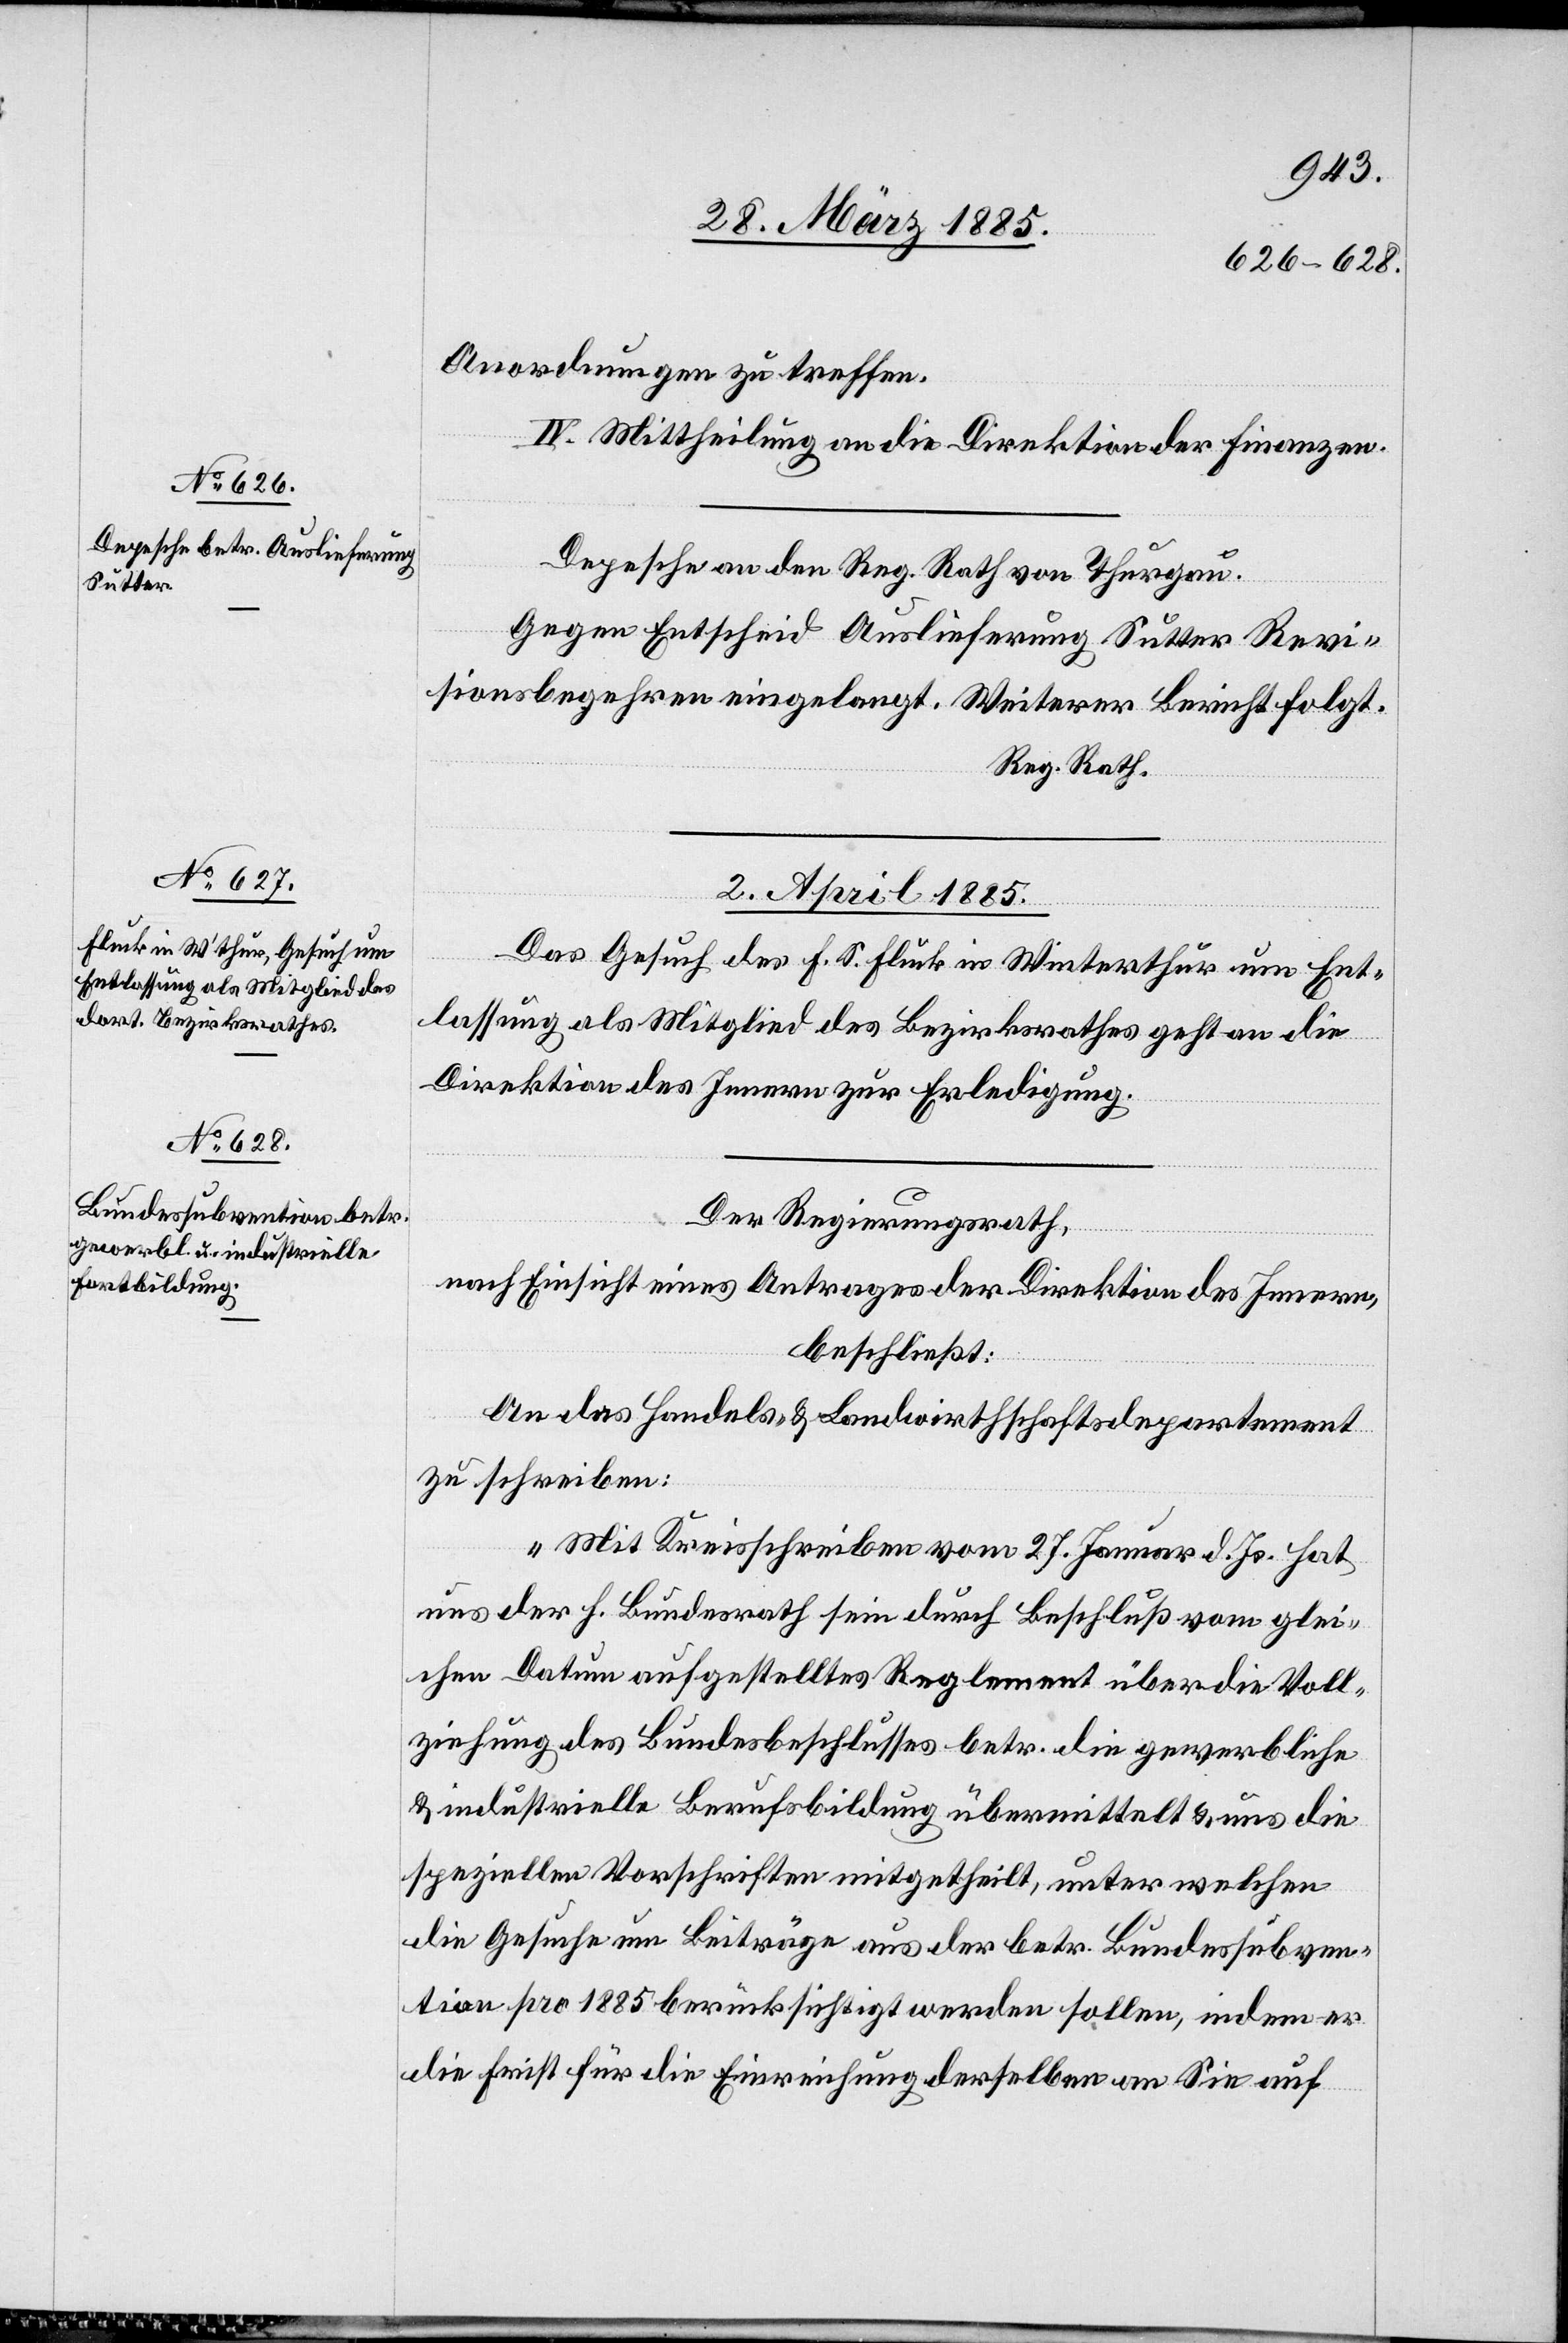
Anordnungen zu treffen.
IV. Mittheilung an die Direktion der Finanzen.
Depesche an den Reg. Rath von Thurgau.
Gegen Entscheid Auslieferung Sutter Revi¬
sionsbegehren eingelangt. Weiterer Bericht folgt.
Reg. Rath.
2. April 1885.]
Das Gesuch des F. S. Fluck in Winterthur um Ent¬
lassung als Mitglied des Bezirksrathes geht an die
Direktion des Innern zur Erledigung.
Der Regierungsrath,
nach Einsicht eines Antrages der Direktion des Innern,
beschließt:
An das Handels- & Landwirthschaftsdepartement
zu schreiben:
„Mit Kreisschreiben vom 27. Januar d. Js. hat
uns der h. Bundesrath sein durch Beschluß vom glei¬
chen Datum aufgestelltes Reglement über die Voll¬
ziehung des Bundesbeschlusses betr. die gewerbliche
& industrielle Berufsbildung übermittelt & uns die
speziellen Vorschriften mitgetheilt, unter welchen
die Gesuche um Beiträge aus der betr. Bundessubven¬
tion pro 1885 berücksichtigt werden sollen, indem er
die Frist für die Einreichung derselben an Sie auf